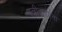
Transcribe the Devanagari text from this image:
स्त्रीवाद्याना